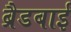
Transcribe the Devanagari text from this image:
ब्रैडबाई